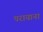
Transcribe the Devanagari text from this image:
परायाना